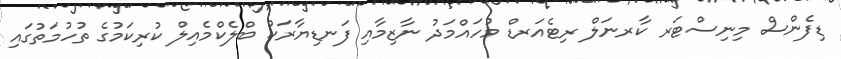
ޑިފެންސް މިނިސްޓަރ ކާރނަލް ރިޓެއަރޑް މުހައްމަދު ނާޒިމާއި ފަނޑިޔާރަކު ބްލެކްމެއިލް ކުރިކަމުގެ ތުހުމަތުގައި